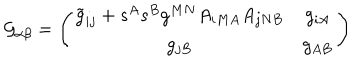
LaTeX: { \cal G } _ { \alpha \beta } = \left( \begin{matrix} { { \tilde { g } _ { i j } + s ^ { A } s ^ { B } g ^ { M N } A _ { i M A } A _ { j N B } } } & { { g _ { i A } } } \\ { { g _ { j B } } } & { { g _ { A B } } } \\ \end{matrix} \right)